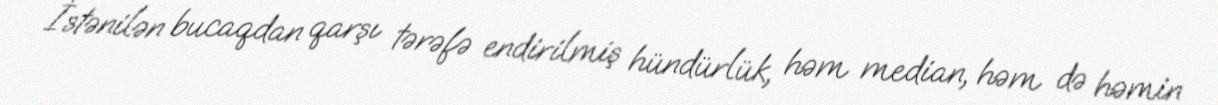
İstənilən bucaqdan qarşı tərəfə endirilmiş hündürlük, həm median, həm də həmin